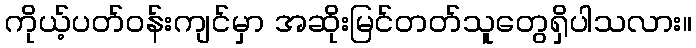
ကိုယ့်ပတ်ဝန်းကျင်မှာ အဆိုးမြင်တတ်သူတွေရှိပါသလား။